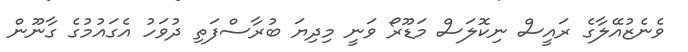
ވެނެޒުއޭލާގެ ރައީސް ނިކޮލަސް މަޑޫރޯ ވަނީ މިދިޔަ ބުރާސްފަތި ދުވަހު އެގައުމުގެ ގާނޫން